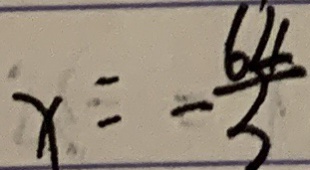
x = - \frac { 6 4 } { 3 }